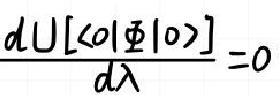
\[
\frac{d U[\langle 0|\Phi| 0\rangle]}{d \lambda}=0
\]